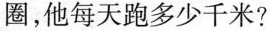
圈，他每天跑多少千米?